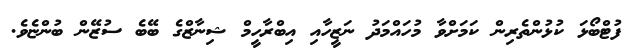
ފުޓްބޯޅަ ކުޅުންތެރިން ކަމަށްވާ މުހައްމަދު ނަޒީހާއި އިބްރާހީމް ޝިނާޒްގެ ބޭބެ ސުޒޭން ބުންޏެވެ.